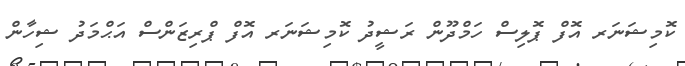
ކޮމިޝަނަރ އޮފް ޕޮލިސް ހަމްދޫން ރަޝީދު ކޮމިޝަނަރ އޮފް ޕްރިޒަންސް އަޙްމަދު ޝިހާން